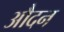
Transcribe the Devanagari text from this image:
औदन